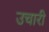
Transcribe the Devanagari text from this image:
उचारी